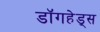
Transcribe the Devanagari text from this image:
डॉगहेड्स